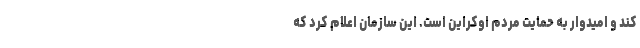
کند و امیدوار به حمایت مردم اوکراین است. این سازمان اعلام کرد که